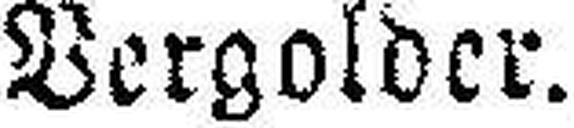
Vergolder.